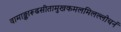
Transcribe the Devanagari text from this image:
वामाङ्कारूढसीतामुखकमलमिलल्लोचनं